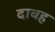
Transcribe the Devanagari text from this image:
दावह